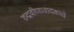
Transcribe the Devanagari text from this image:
रुद्रवीणावादकाचे